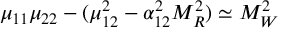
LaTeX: \mu _ { 1 1 } \mu _ { 2 2 } - ( \mu _ { 1 2 } ^ { 2 } - \alpha _ { 1 2 } ^ { 2 } M _ { R } ^ { 2 } ) \simeq M _ { W } ^ { 2 }